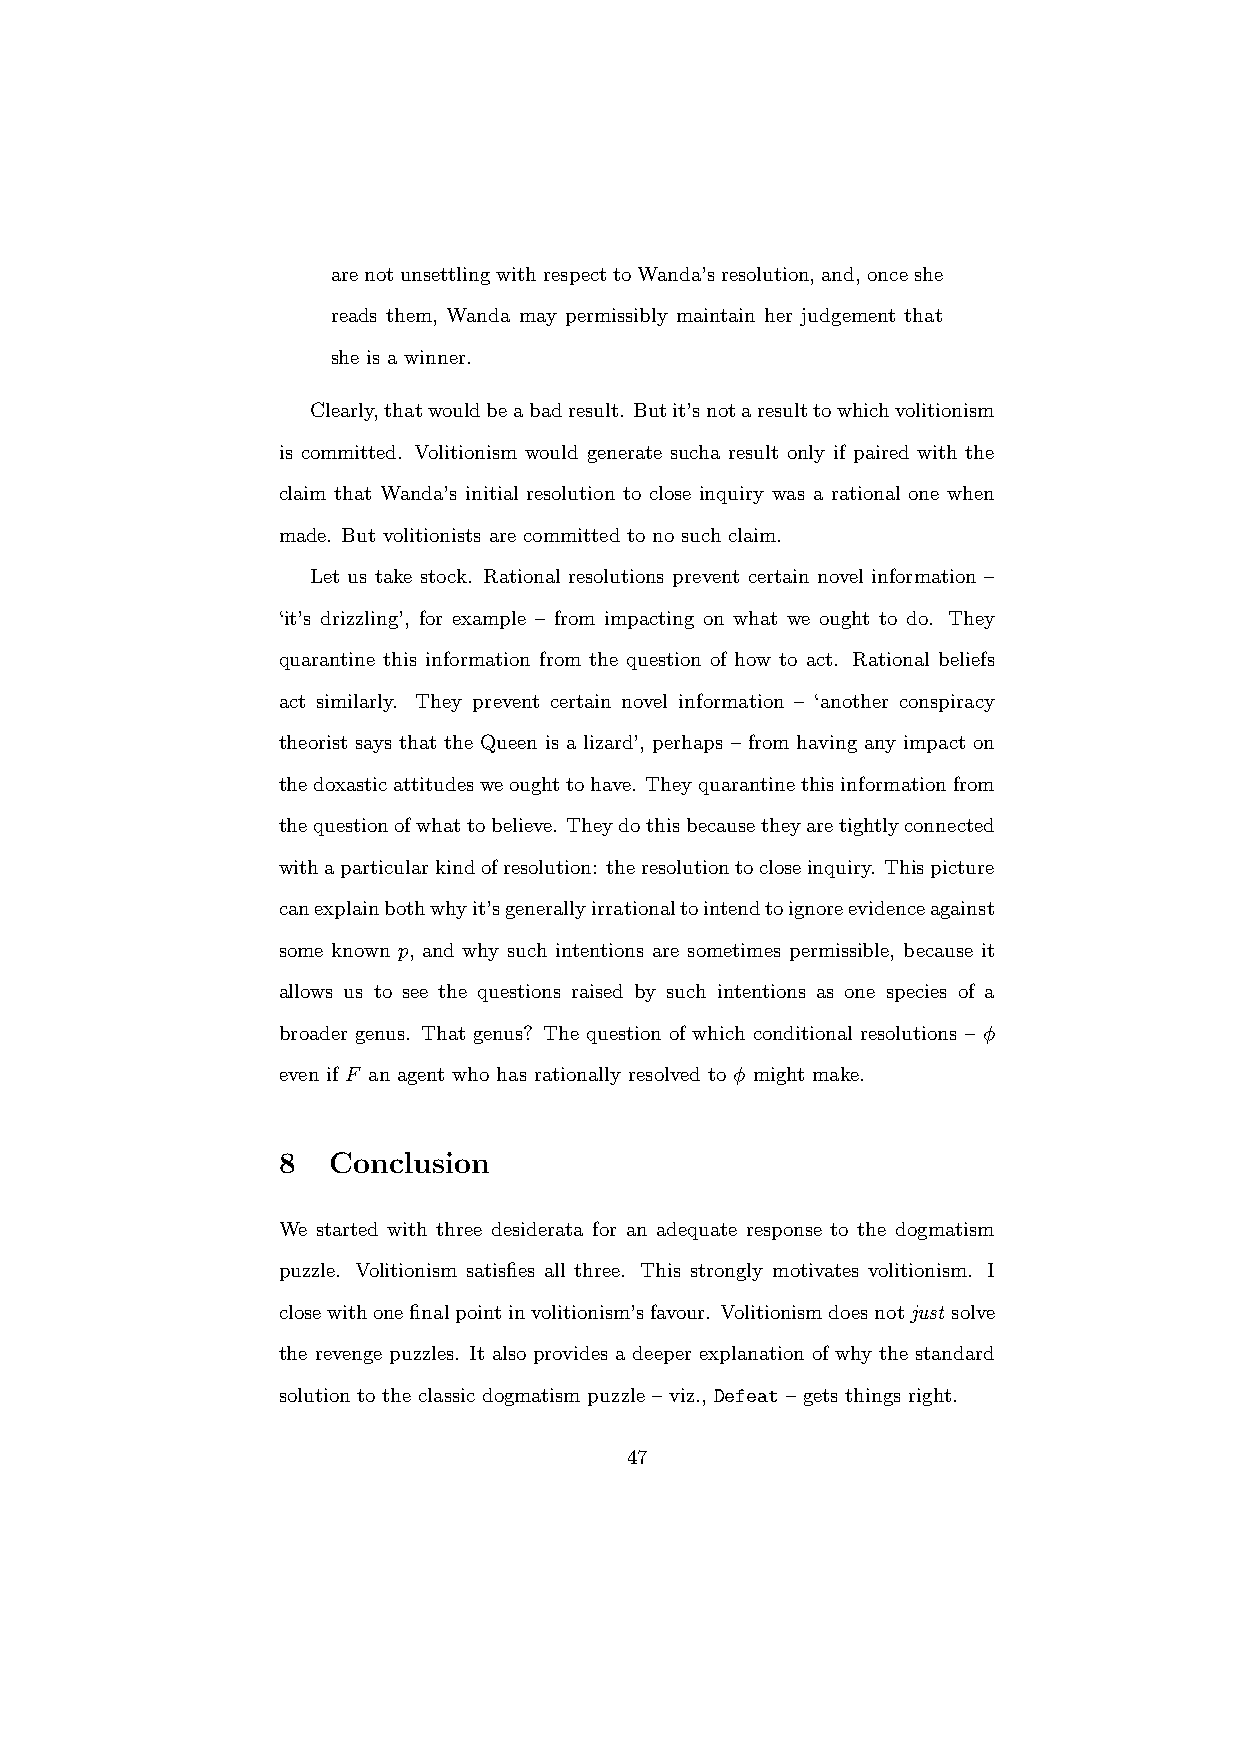
arenotunsettlingwithrespecttoWanda’sresolution,and,onceshe
 reads them, Wanda may permissibly maintain her judgement that
 she is a winner.
 Clearly,thatwouldbeabadresult. Butit’snotaresulttowhichvolitionism
 is committed. Volitionism would generate sucha result only if paired with the
 claim that Wanda’s initial resolution to close inquiry was a rational one when
 made. But volitionists are committed to no such claim.
 Let us take stock. Rational resolutions prevent certain novel information –
 ‘it’s drizzling’, for example – from impacting on what we ought to do. They
 quarantine this information from the question of how to act. Rational beliefs
 act similarly. They prevent certain novel information – ‘another conspiracy
 theorist says that the Queen is a lizard’, perhaps – from having any impact on
 thedoxasticattitudesweoughttohave. Theyquarantinethisinformationfrom
 thequestionofwhattobelieve. Theydothisbecausetheyaretightlyconnected
 withaparticularkindofresolution: theresolutiontocloseinquiry. Thispicture
 canexplainbothwhyit’sgenerallyirrationaltointendtoignoreevidenceagainst
 some known p, and why such intentions are sometimes permissible, because it
 allows us to see the questions raised by such intentions as one species of a
 broader genus. That genus? The question of which conditional resolutions – φ
 even if F an agent who has rationally resolved to φ might make.
 8   Conclusion
 We started with three desiderata for an adequate response to the dogmatism
 puzzle. Volitionism satisfies all three. This strongly motivates volitionism. I
 closewithonefinalpointinvolitionism’sfavour. Volitionismdoesnotjust solve
 the revenge puzzles. It also provides a deeper explanation of why the standard
 solution to the classic dogmatism puzzle – viz., Defeat – gets things right.
 47